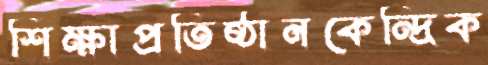
শিক্ষাপ্রতিষ্ঠানকেন্দ্রিক